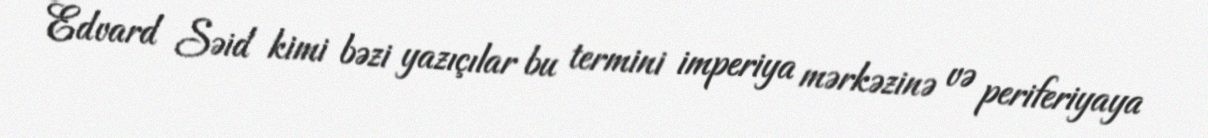
Edvard Səid kimi bəzi yazıçılar bu termini imperiya mərkəzinə və periferiyaya